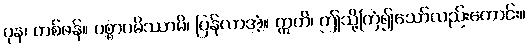
ပုန၊ တစ်ဖန်။ ပစ္စာဂမိဿာမိ၊ ပြန်လာအံ့။ ဣတိ၊ ဤသို့ကြံ၍သော်လည်းကောင်း။